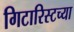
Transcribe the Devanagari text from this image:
गिटारिस्टच्या